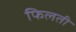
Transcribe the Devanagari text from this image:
फिलती